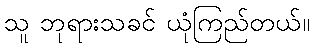
သူ ဘုရားသခင် ယုံကြည်တယ်။